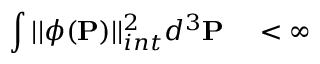
\int | | \phi ( { \bf P } ) | | _ { i n t } ^ { 2 } d ^ { 3 } { \bf P } \quad < \infty